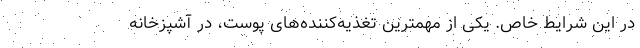
در این شرایط خاص. یکی از مهمترین تغذیه‌کننده‌های پوست، در آشپزخانه